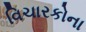
વિચારકોના